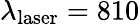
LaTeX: \lambda_{\textrm{laser}}=810